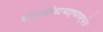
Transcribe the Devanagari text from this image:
समाधीगाभाऱ्यापर्यंत